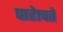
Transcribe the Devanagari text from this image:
पाहेाचते